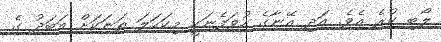
ލޯބި ކުރެ އެވެ. އަދި އޭނާގެ ހުވަފެނަކީ މިކަހަލަ ތަނަކަށް އަބަދު ގެ